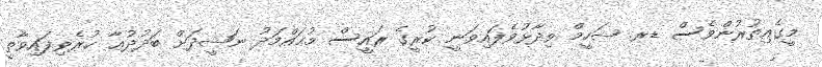
މީގެއިތުރުންވެސް ޑރ. ޝަހީމް ވިދާޅުވެފައިވަނީ ކުރީގެ ރައީސް މުޙައްމަދު ނަޝީދަށް ބަދުދުޢާ ކުރެވިފައިވާތީ